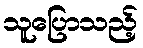
သူပြောသည့်